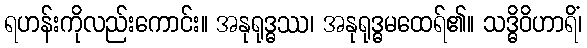
ရဟန်းကိုလည်းကောင်း။ အနုရုဒ္ဓဿ၊ အနုရုဒ္ဓမထေရ်၏။ သဒ္ဓိဝိဟာရိံ၊